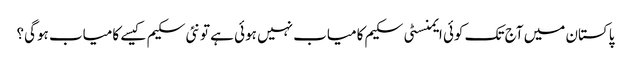
پاکستان میں آج تک کوئی ایمنسٹی سکیم کامیاب نہیں ہوئی ہے تو نئی سکیم کیسے کامیاب ہوگی؟